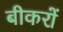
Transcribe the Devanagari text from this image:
बीकरों